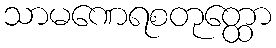
သာမဏေရစတုတ္ထော